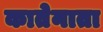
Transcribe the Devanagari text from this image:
कातेनाता